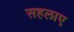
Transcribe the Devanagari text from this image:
सहलाए